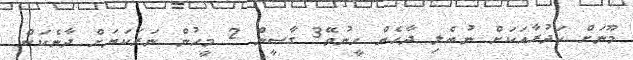
މޫނަށް ކަދުރާއަކަށް ނުބެލި ދާހެން ހީނުވޭ3 ގާޟީން 2 މީހުން ނަރަކަޔަށް ދާނެކަން